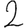
Digit: 2